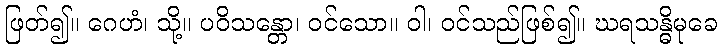
ဖြတ်၍။ ဂေဟံ၊ သို့။ ပဝိသန္တော၊ ဝင်သော။ ဝါ၊ ဝင်သည်ဖြစ်၍။ ဃရသန္ဓိမုခေ